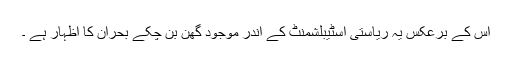
اس کے برعکس یہ ریاستی اسٹیبلشمنٹ کے اندر موجود گھن بن چکے بحران کا اظہار ہے ۔